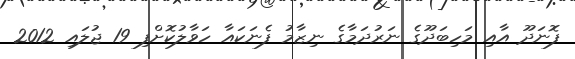
ފޮނަދޫ އާއި މަހިބަދޫގެ ނަރުދަމާގެ ނިޒާމު ފެނަކައާ ހަވާލުކޮށްފި 19 ޖުލައި 2012